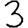
Digit: 3